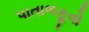
પાતાળકૂવો